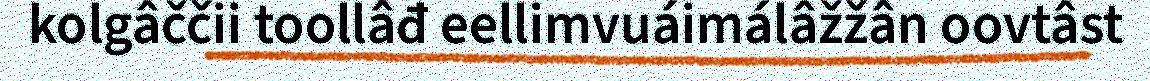
kolgâččii toollâđ eellimvuáimálâžžân oovtâst